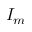
I _ { m }